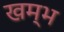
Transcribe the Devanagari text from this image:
खम्‍भ